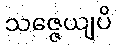
သဇ္ဇေယျပိ